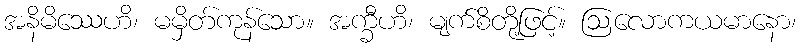
အနိမိဿေဟိ၊ မမှိတ်ကုန်သော။ အက္ခီဟိ၊ မျက်စိတို့ဖြင့်။ ဩလောကယမာနော၊